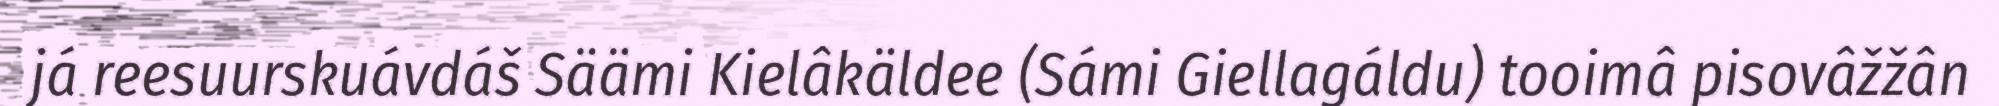
já reesuurskuávdáš Säämi Kielâkäldee (Sámi Giellagáldu) tooimâ pisovâžžân